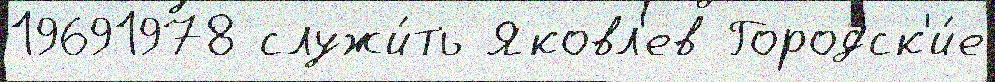
19691978 служи́ть Яковл'ев Городск'и́е